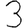
Digit: 3